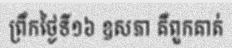
ព្រឹកថ្ងៃទី១៦ ឧសភា គឺពួកគាត់